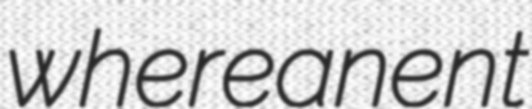
whereanent